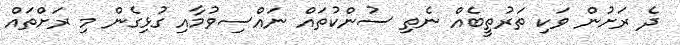
ދެ ރަށުން ވަކި ތަރުތީބެއް ނެތި ސުންކުތައް ނައްސިވުމާއި ގުޅިގެން މި ރަށްތައް